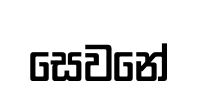
සෙවනේ